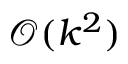
{ \mathcal { O } } ( k ^ { 2 } )